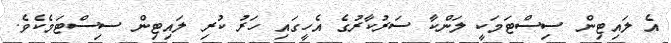
އެ ލައިޓިން ސިސްޓަމަކީ ލަންކާ ސަރުކާރުގެ އެހީގައި ހަރު ކުރި ލައިޓިން ސިސްޓަމެކެވެ.